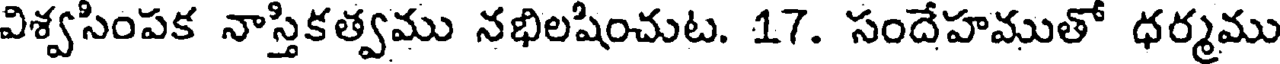
విశ్వసింపక నాస్తికత్వము నభిలషించుట. 17. సందేహముతో ధర్మము